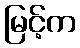
မြင့်က